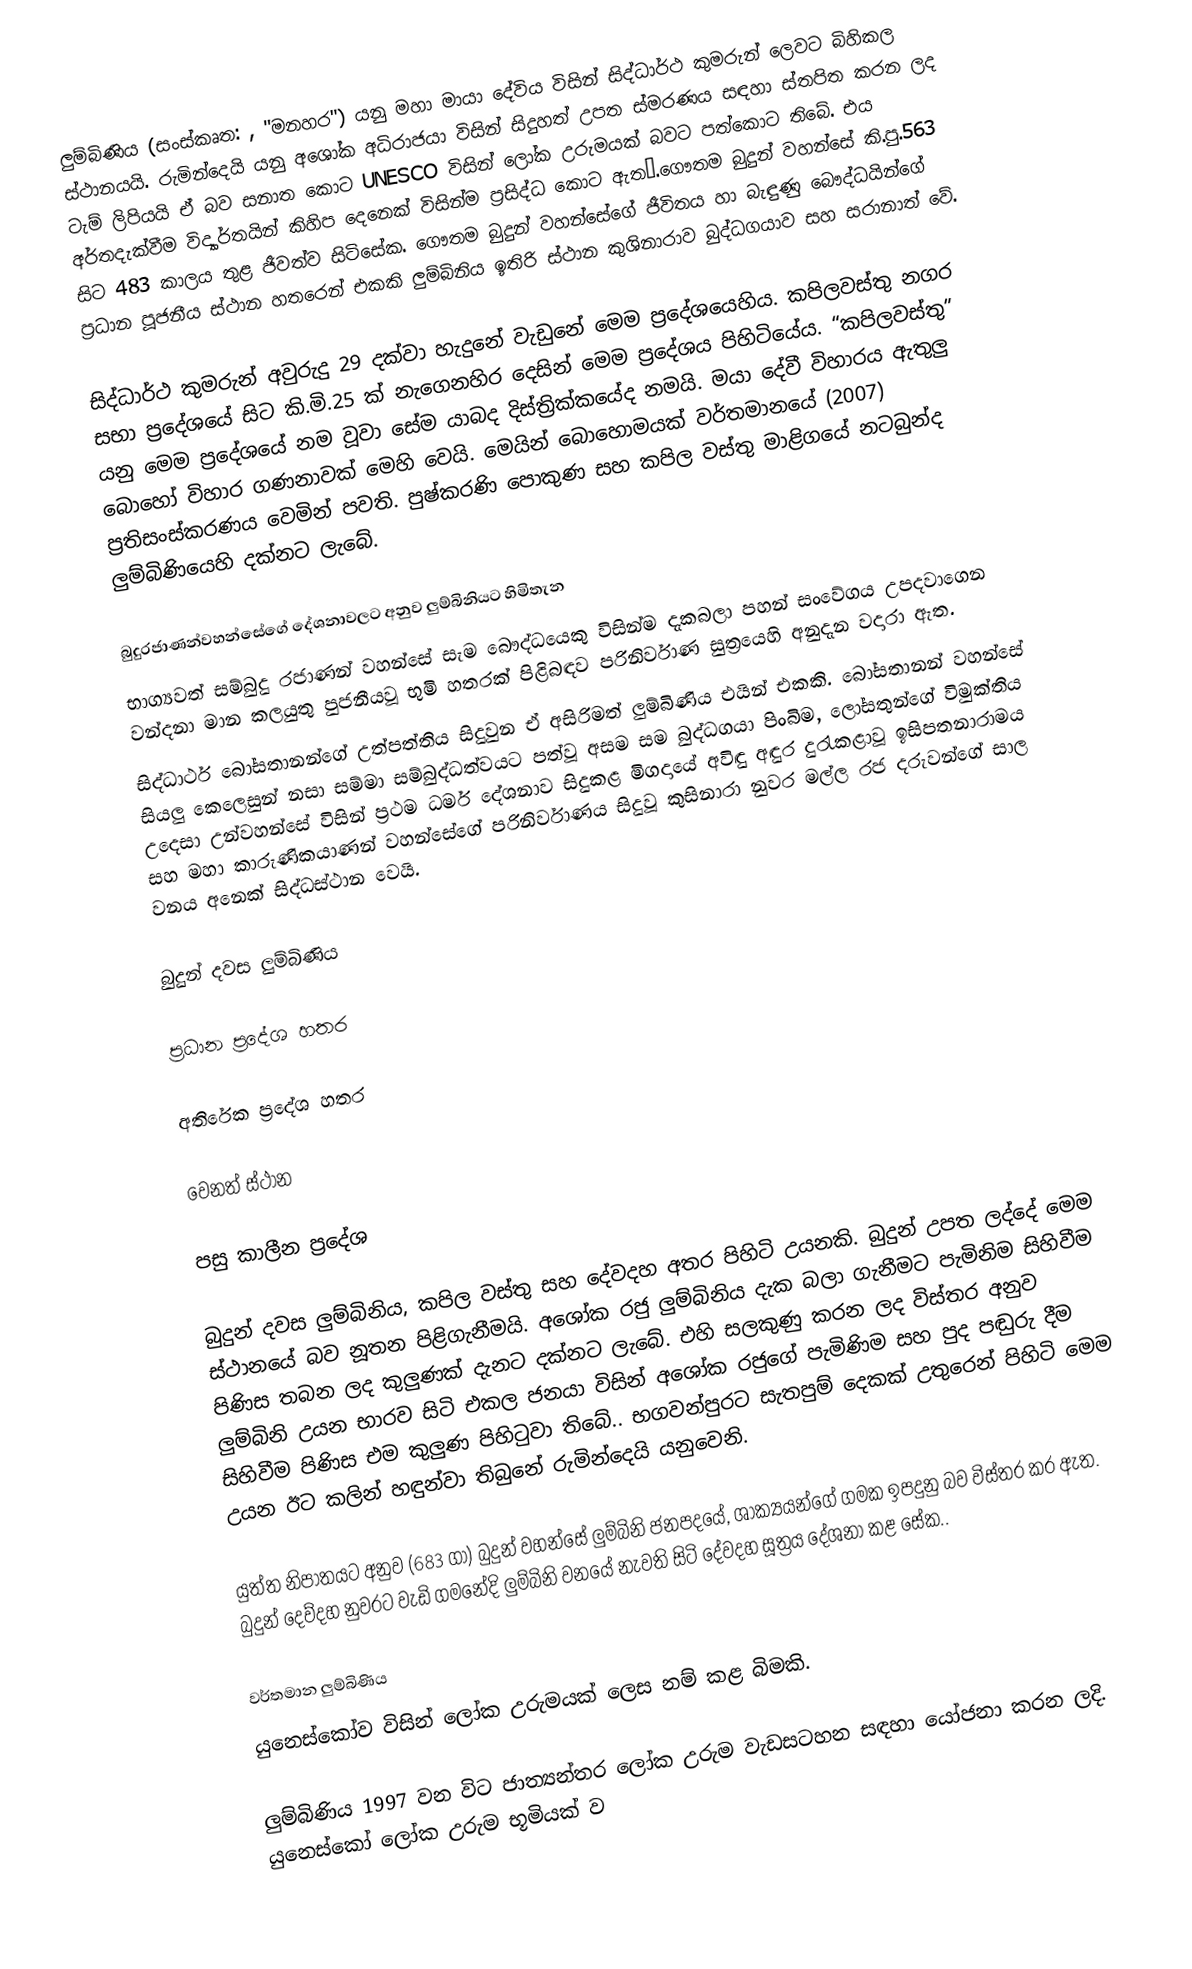
ලුම්බිණිය (සංස්කෘත: , "මනහර") යනු  මහා මායා දේවිය විසින් සිද්ධාර්ථ කුමරුන් ලෙවට  බිහිකල ස්ථානයයි. රුමින්දෙයි යනු අශෝක අධිරාජයා විසින් සිදුහත් උපත ස්මරණය සඳහා ස්තපිත කරන ලද ටැම් ලිපියයි ඒ බව සනාත කොට UNESCO  විසින් ලෝක උරුමයක් බවට පත්කොට තිබේ. එය අර්තදැක්වීම විද්‍යාර්තයින් කිහිප දෙනෙක් විසින්ම ප්‍රසිද්ධ කොට ඇත¹.ගෞතම බුදුන් වහන්සේ කි.පු.563 සිට 483 කාලය තුළ ජීවත්ව සිටිසේක. ගෞතම බුදුන් වහන්සේගේ ජීවිතය හා බැඳුණු බෞද්ධයින්ගේ ප්‍රධාන පූජනීය ස්ථාන හතරෙන් එකකි ලුම්බිනිය ඉතිරි ස්ථාන කුශිනාරාව  බුද්ධගයාව සහ සරානාත් වේ.

සිද්ධාර්ථ කුමරුන් අවුරුදු 29 දක්වා හැදුනේ වැඩුනේ මෙම ප්‍රදේශයෙහිය. කපිලවස්තු නගර සභා ප්‍රදේශයේ සිට කි.මි.25 ක් නැගෙනහිර දෙසින් මෙම ප්‍රදේශය පිහිටියේය. “කපිලවස්තු” යනු මෙම ප්‍රදේශයේ නම වූවා සේම යාබද දිස්ත්‍රික්කයේද නමයි. මයා දේවී විහාරය ඇතුලු බොහෝ විහාර ගණනාවක් මෙහි වෙයි. මෙයින් බොහොමයක් වර්තමානයේ (2007) ප්‍රතිසංස්කරණය වෙමින් පවති. පුෂ්කරණි පොකුණ සහ කපිල වස්තු මාළිගයේ නටබුන්ද ලුම්බිණියෙහි දක්නට ලැබේ.

බුදුරජාණන්වහන්සේගේ දේශනාවලට අනුව ලුම්බිනියට හිමිතැන
භාග්‍යවත් සම්බුදු රජාණන් වහන්සේ සැම බෞද්ධයෙකු විසින්ම දැකබලා පහන් සංවේගය උපදවාගෙන වන්දනා මාන කලයුතු පුජනීයවූ භුමි හතරක් පිළිබඳව පරිනිර්වාණ සුත්‍රයෙහි අනුදැන වදාරා ඇත.
සිද්ධාර්ථ බෝසතානන්ගේ උත්පත්තිය සිදුවුන ඒ අසිරිමත් ලුම්බිණිය එයින් එකකි. බෝසතානන් වහන්සේ සියලු කෙලෙසුන් නසා සම්මා සම්බුද්ධත්වයට පත්වූ අසම සම බුද්ධගයා පිංබිම, ලෝසතුන්ගේ විමුක්තිය උදෙසා උන්වහන්සේ විසින් ප්‍රථම ධර්ම දේශනාව සිදුකළ මිගදායේ අවිඳු අඳුර දුරැකළාවූ  ඉසිපතනාරාමය සහ මහා කාරුණිකයාණන් වහන්සේගේ පරිනිර්වාණය සිදුවූ කුසිනාරා නුවර මල්ල රජ දරුවන්ගේ සාල වනය අනෙක් සිද්ධස්ථාන වෙයි.

බුදුන් දවස ලුම්බිණිය

ප්‍රධාන ප්‍රදේශ හතර

අතිරේක ප්‍රදේශ හතර

වෙනත් ස්ථාන

පසු කාලීන ප්‍රදේශ

බුදුන් දවස ලුම්බිනිය, කපිල වස්තු සහ දේවදහ අතර පිහිටි උයනකි. බුදුන් උපත ලද්දේ මෙම ස්ථානයේ බව නූතන පිළිගැනීමයි. අශෝක රජු ලුම්බිනිය දැක බලා ගැනීමට පැමිනිම සිහිවීම පිණිස තබන ලද කුලුණක් දැනට දක්නට ලැබේ. එහි සලකුණු කරන ලද විස්තර අනුව ලුම්බිනි උයන භාරව සිටි එකල ජනයා විසින් අශෝක රජුගේ පැමිණිම සහ පුද පඬුරු දීම සිහිවීම පිණිස එම කුලුණ පිහිටුවා තිබේ.. භගවන්පුරට සැතපුම් දෙකක් උතුරෙන් පිහිටි මෙම උයන ඊට කලින් හඳුන්වා තිබුනේ රුමින්දෙයි යනුවෙනි.

යුත්ත නිපාතයට අනුව (683 ගා) බුදුන් වහන්සේ ලුම්බිනි ජනපදයේ, ශාක්‍යයන්ගේ ගමක ඉපදුනු බව විස්තර කර ඇත. බුදුන් දෙව්දහ නුවරට වැඩි ගමනේදි ලුම්බිනි වනයේ නැවති සිටි දේවදහ සූත්‍රය දේශනා කළ සේක..

වර්තමාන ලුම්බිණිය
යුනෙස්කෝව විසින් ලෝක උරුමයක් ලෙස නම් කළ බිමකි.

ලුම්බිණිය 1997 වන විට ජාත්‍යන්තර ලෝක උරුම වැඩසටහන සඳහා යෝජනා කරන ලදි. යුනෙස්කෝ ලෝක උරුම භූමියක් ව